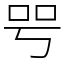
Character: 㕺